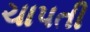
ચાપતી